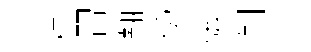
枉習翿僢弦剝